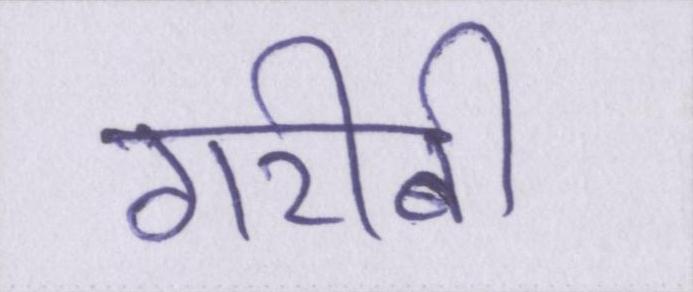
गरीबी